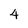
Character: 4